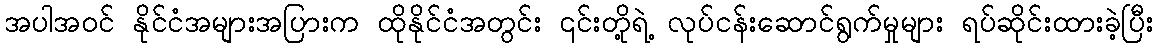
အပါအဝင် နိုင်ငံအများအပြားက ထိုနိုင်ငံအတွင်း ၎င်းတို့ရဲ့ လုပ်ငန်းဆောင်ရွက်မှုများ ရပ်ဆိုင်းထားခဲ့ပြီး